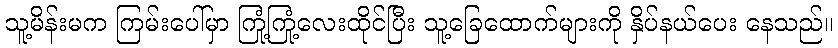
သူ့မိန်းမက ကြမ်းပေါ်မှာ ကြုံ့ကြုံ့လေးထိုင်ပြီး သူ့ခြေထောက်များကို နှိပ်နယ်ပေး နေသည်။